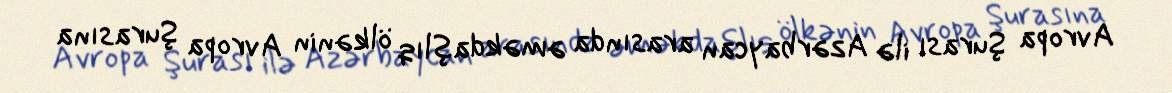
Avropa Şurası ilə Azərbaycan arasında əməkdaşlıq ölkənin Avropa Şurasına